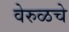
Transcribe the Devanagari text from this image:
वेरुळचे